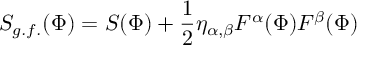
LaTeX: S _ { g . f . } ( \Phi ) = S ( \Phi ) + \frac { 1 } { 2 } \eta _ { \alpha , \beta } F ^ { \alpha } ( \Phi ) F ^ { \beta } ( \Phi )